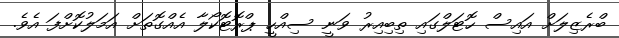
ބްރެޒިލަށް އައިސް ހޮޓަލްގައި ތިބިއިރު ވަނީ ސިއްހީ ޕްރޮޓޮކޯލާ އެއްގޮތަށް އަމަލުކޮށްފަ އެވެ.